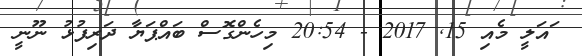
ައަލީ މެއި 15